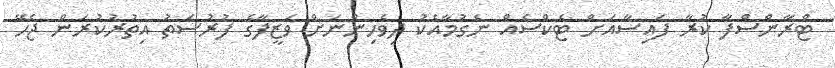
ޓްރާންސްފާ ކުރާ ފައިސާއަށް ޓެކްސެއް ނެގުމާއެކު ދިވެހިންނަށް ވަޒީފާގެ ފުރުސަތު އިތުރުކުރަން ޖެހޭ